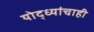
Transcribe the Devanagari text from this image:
योद्ध्यांचाही